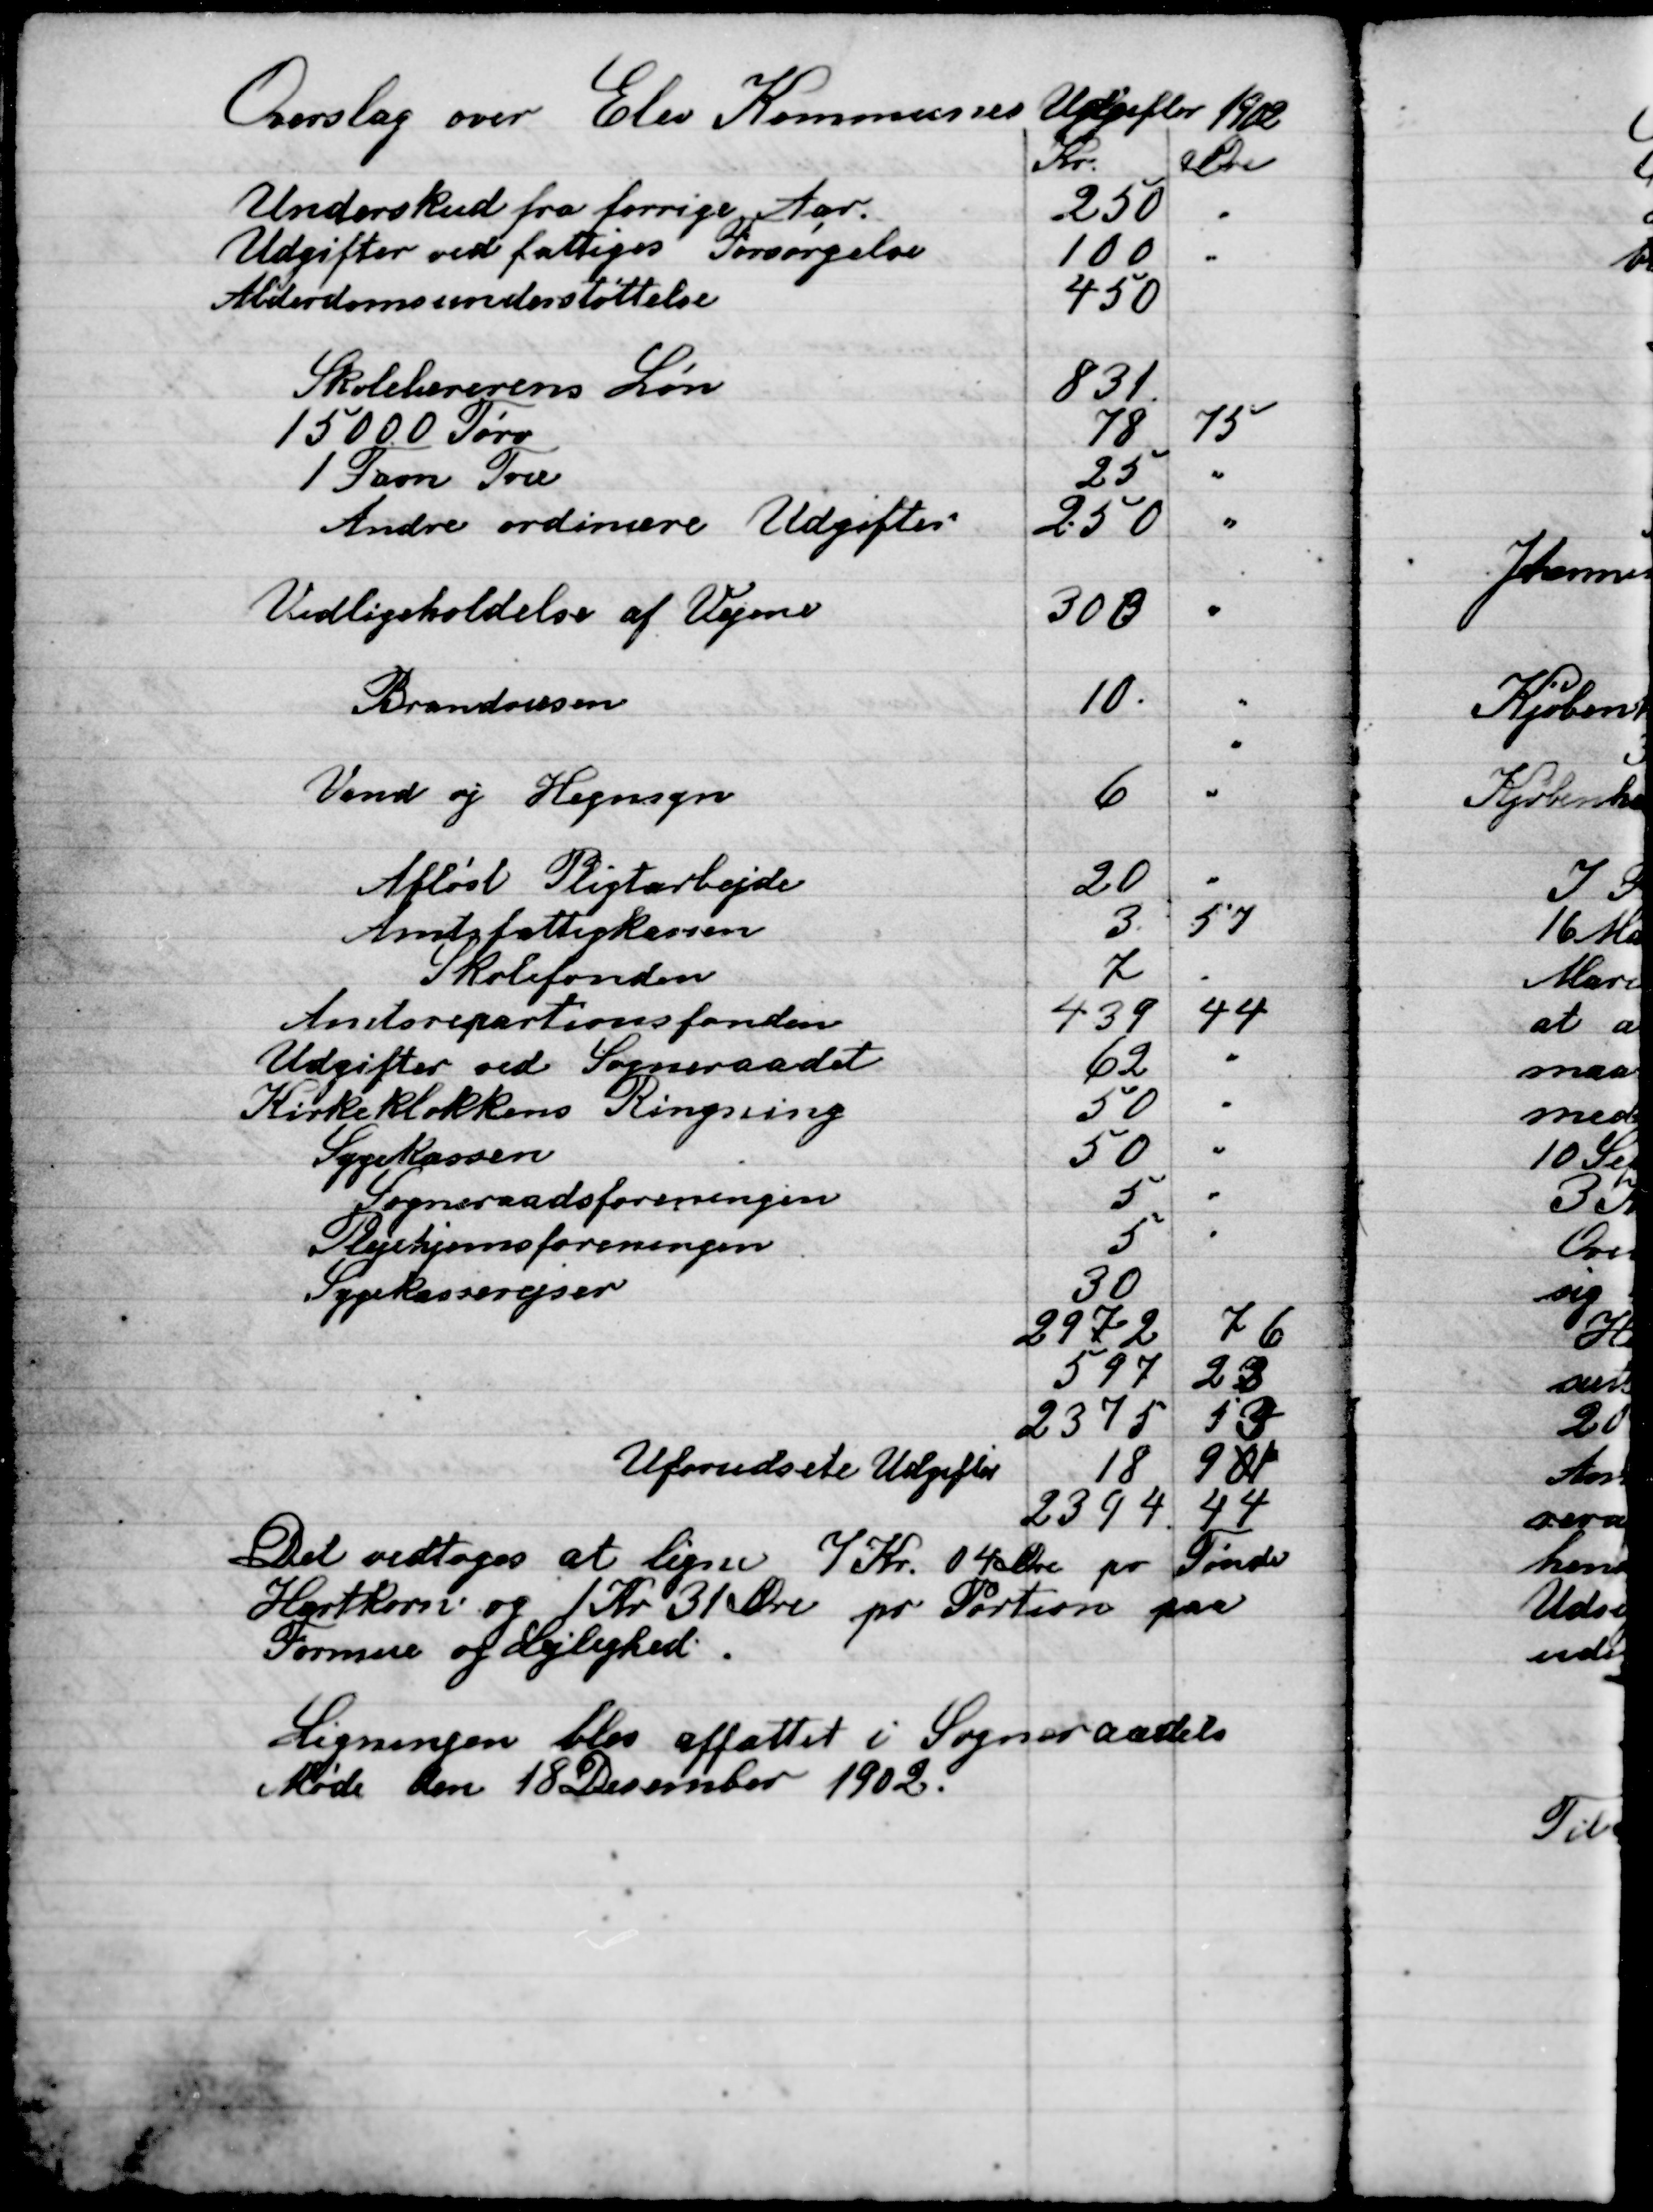
Transskription:
Det vedtoges at ligne 7 Kr. 04 Øre pr Tønde
Hartkorn og 1 Kr. 31 Øre pr Portion paa
Formue og Lejlighed.

Ligningen blev affattet i Sogneraadets
Møde Den 18 December 1902.